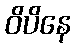
ဝိပိနေ